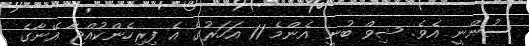
ސުންނީ އެވެ. ޝިވް ބުނީ އެންމެ 11 އަހަރުގެ އެ ފިރިހެންކުއްޖާ އޭނާގެ